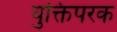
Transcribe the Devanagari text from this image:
युक्तिपरक